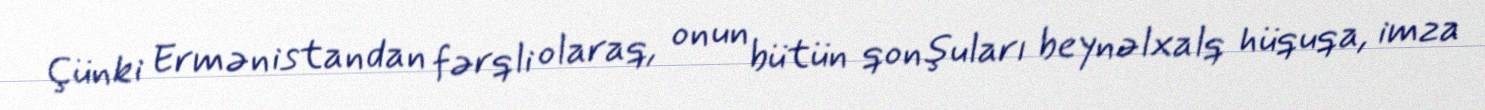
Çünki Ermənistandan fərqli olaraq, onun bütün qonşuları beynəlxalq hüquqa, imza